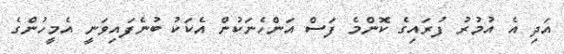
އަދި އެ އުމުރު ފުރައިގެ ކޮންމެ ފަސް އަންހެނަކުން އެކަކު ބުނެފައިވަނީ އެމީހުންގެ